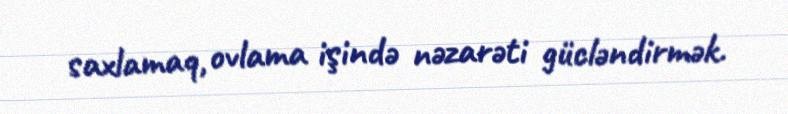
saxlamaq, ovlama işində nəzarəti gücləndirmək.